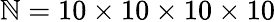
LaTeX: \mathbb{N}=10\times10\times10\times10